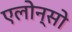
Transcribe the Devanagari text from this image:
एलोन्सो